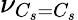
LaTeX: \nu_{C_{s}=C_{s}}